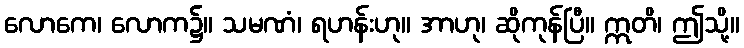
လောကေ၊ လောက၌။ သမဏံ၊ ရဟန်းဟု။ အာဟု၊ ဆိုကုန်ပြီ။ ဣတိ၊ ဤသို့။